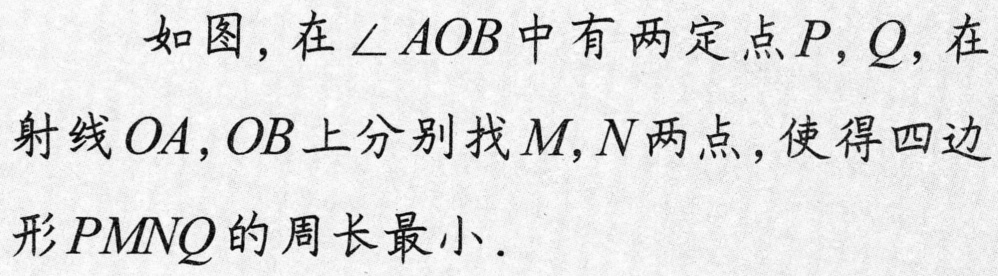
如图，在\(\angle AOB\)中有两定点\(P,Q\)，在
射线\(OA,OB\)上分别找\(M,N\)两点，使得四边
形\(PM NQ\)的周长最小.